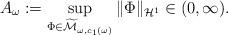
LaTeX: \begin{align*} A_{\omega}:=\sup_{\Phi \in \widetilde{\mathcal{M}}_{\omega,c_1(\omega)}} \|\Phi\|_{\mathcal{H}^1}\in (0,\infty). \end{align*}